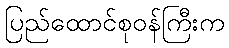
ပြည်ထောင်စုဝန်ကြီးက